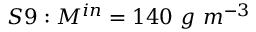
S 9 : M ^ { i n } = 1 4 0 \ g \ m ^ { - 3 }